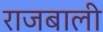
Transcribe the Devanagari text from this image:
राजबाली